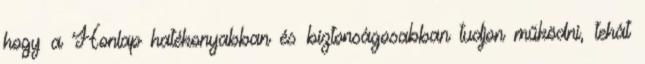
hogy a Honlap hatékonyabban és biztonságosabban tudjon működni, tehát